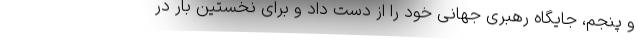
و پنجم، جایگاه رهبری جهانی خود را از دست داد و برای نخستین بار در